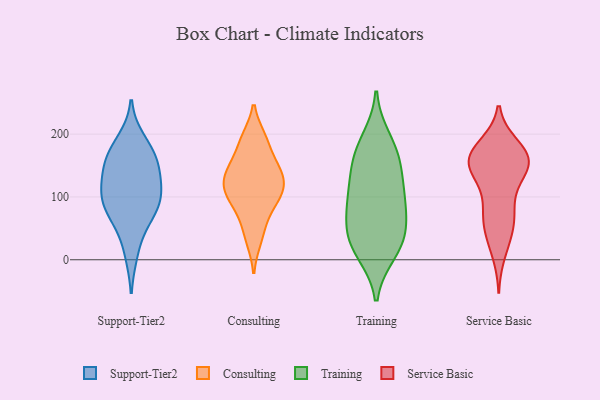
{"axis": {"x": "Satisfaction Score", "y": "Value"}, "legend": ["Consulting", "Service Basic", "Support-Tier2", "Training"], "data": [{"x": "", "y": 104, "type": "Support-Tier2"}, {"x": "", "y": 91, "type": "Support-Tier2"}, {"x": "", "y": 165, "type": "Support-Tier2"}, {"x": "", "y": 11, "type": "Support-Tier2"}, {"x": "", "y": 169, "type": "Support-Tier2"}, {"x": "", "y": 60, "type": "Support-Tier2"}, {"x": "", "y": 157, "type": "Support-Tier2"}, {"x": "", "y": 136, "type": "Support-Tier2"}, {"x": "", "y": 133, "type": "Support-Tier2"}, {"x": "", "y": 104, "type": "Support-Tier2"}, {"x": "", "y": 94, "type": "Support-Tier2"}, {"x": "", "y": 190, "type": "Support-Tier2"}, {"x": "", "y": 70, "type": "Support-Tier2"}, {"x": "", "y": 141, "type": "Consulting"}, {"x": "", "y": 119, "type": "Consulting"}, {"x": "", "y": 95, "type": "Consulting"}, {"x": "", "y": 32, "type": "Consulting"}, {"x": "", "y": 92, "type": "Consulting"}, {"x": "", "y": 116, "type": "Consulting"}, {"x": "", "y": 190, "type": "Consulting"}, {"x": "", "y": 151, "type": "Consulting"}, {"x": "", "y": 147, "type": "Consulting"}, {"x": "", "y": 193, "type": "Consulting"}, {"x": "", "y": 115, "type": "Consulting"}, {"x": "", "y": 61, "type": "Consulting"}, {"x": "", "y": 12, "type": "Training"}, {"x": "", "y": 42, "type": "Training"}, {"x": "", "y": 191, "type": "Training"}, {"x": "", "y": 171, "type": "Training"}, {"x": "", "y": 74, "type": "Training"}, {"x": "", "y": 20, "type": "Training"}, {"x": "", "y": 151, "type": "Training"}, {"x": "", "y": 158, "type": "Training"}, {"x": "", "y": 103, "type": "Training"}, {"x": "", "y": 108, "type": "Training"}, {"x": "", "y": 57, "type": "Training"}, {"x": "", "y": 102, "type": "Training"}, {"x": "", "y": 29, "type": "Training"}, {"x": "", "y": 145, "type": "Service Basic"}, {"x": "", "y": 146, "type": "Service Basic"}, {"x": "", "y": 68, "type": "Service Basic"}, {"x": "", "y": 153, "type": "Service Basic"}, {"x": "", "y": 62, "type": "Service Basic"}, {"x": "", "y": 159, "type": "Service Basic"}, {"x": "", "y": 164, "type": "Service Basic"}, {"x": "", "y": 182, "type": "Service Basic"}, {"x": "", "y": 138, "type": "Service Basic"}, {"x": "", "y": 181, "type": "Service Basic"}, {"x": "", "y": 91, "type": "Service Basic"}, {"x": "", "y": 110, "type": "Service Basic"}, {"x": "", "y": 168, "type": "Service Basic"}, {"x": "", "y": 154, "type": "Service Basic"}, {"x": "", "y": 170, "type": "Service Basic"}, {"x": "", "y": 46, "type": "Service Basic"}, {"x": "", "y": 10, "type": "Service Basic"}, {"x": "", "y": 151, "type": "Service Basic"}, {"x": "", "y": 34, "type": "Service Basic"}, {"x": "", "y": 72, "type": "Service Basic"}]}